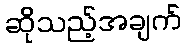
ဆိုသည့်အချက်